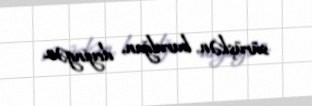
sürüşkən, burulğan, deyingən.